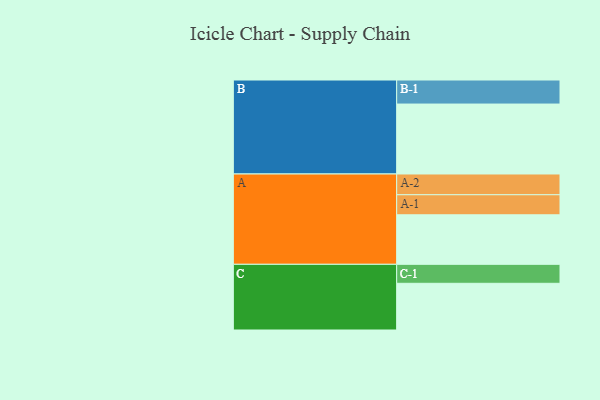
{"axis": {"x": "Segment", "y": "Value"}, "legend": ["", "A", "B", "C"], "data": [{"x": "A", "y": 420, "type": ""}, {"x": "B", "y": 593, "type": ""}, {"x": "C", "y": 396, "type": ""}, {"x": "A-1", "y": 170, "type": "A"}, {"x": "A-2", "y": 176, "type": "A"}, {"x": "B-1", "y": 204, "type": "B"}, {"x": "C-1", "y": 161, "type": "C"}]}